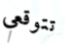
تتوقعي